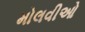
મોલવીઓ